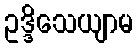
ဥဒ္ဒိသေယျာမ